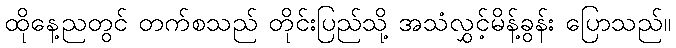
ထိုနေ့ညတွင် တက်စသည် တိုင်းပြည်သို့ အသံလွှင့်မိန့်ခွန်း ပြောသည်။